Report on horse surra - Volume I
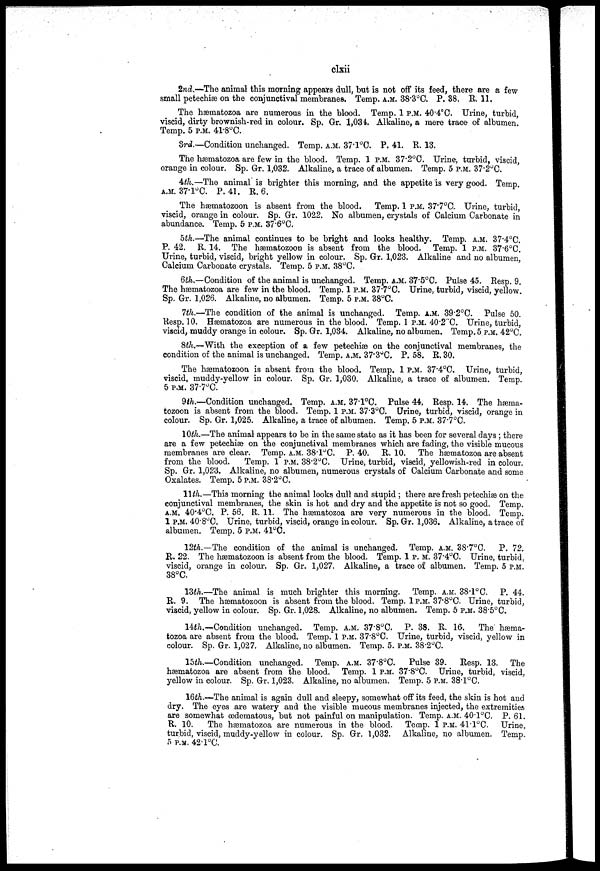
clxii
2nd.—The animal this morning appears dull, but is not off its feed, there are a few
small petechias on the conjunctival membranes. Temp. A.M. 38.3°C. P. 38. R. 11,
The hæmatozoa are numerous in the blood. Temp. 1 P.M. 40.4°C. Urine, turbid,
viscid, dirty brownish-red in colour. Sp. Gr. 1,034. Alkaline, a mere trace of albumen.
Temp. 5 P.M. 41.8°C.
3rd.—Condition unchanged. Temp. A.M. 37.l°C. P. 41. E. 13.
The hæmatozoa are few in the blood. Temp. 1 P.M. 37.2°C. Urine, turbid, viscid,
orange in colour. Sp. Gr. 1,032. Alkaline, a trace of albumen. Temp. 5 P.M. 37.2°C.
4th,—The animal is brighter this morning, and the appetite is very good. Temp.
A.M. 37.1°C. P. 41. E. 6.
The hæmatozoon is absent from the blood.
Temp. 1 P.M. 37.7°C. Urine, turbid,
viscid, orange in colour. Sp. Gr. 1022. No albumen, crystals of Calcium Carbonate in
abundance. Temp. 5 P.M. 37.6°C.
5th.—The animal continues to be bright and looks healthy. Temp. A.M. 37.4°C.
P. 42. E. 14. The hæmatozoon is absent from the blood. Temp. 1 P.M. 37.6°C.
Urine, turbid, viscid, bright yellow in colour. Sp. Gr. 1,023. Alkaline and no albumen,
Calcium Carbonate crystals. Temp. 5 P.M. 38°C.
6th.—Condition of the animal is unchanged. Temp. A.M. 37.5°C. Pulse 45. Resp. 9.
The hæmatozoa are few in the blood. Temp. 1 P.M. 37.7°C. Urine, turbid, viscid, yellow.
Sp. Gr. 1,026. Alkaline, no albumen. Temp. 5 P.M. 38°C.
7th.—The condition of the animal is unchanged. Temp. A.M. 39.2°C. Pulse 50.
Resp. 10. Hæmatozoa are numerous in the blood. Temp. 1 P.M. 40.2ºC. Urine, turbid,
viscid, muddy orange in colour. Sp. Gr. 1,034. Alkaline, no albumen. Temp.5 P.M. 42°C.
8th.—With the exception of a few petechias on the conjunctival membranes, the
condition of the animal is unchanged. Temp. A.M. 37.3°C. P. 58. E. 30.
The hæmatozoon is absent from the blood. Temp. 1 P.M. 37.4°C. Urine, turbid,
viscid, muddy-yellow in colour. Sp. Gr. 1,030. Alkaline, a trace of albumen. Temp.
5 P.M. 37.7°C.
9th.—Condition unchanged. Temp. A.M. 37.1°C. Pulse 44, Resp. 14. The hæma-
tozoon is absent from the blood. Temp. 1 P.M. 37.3°C. Urine, turbid, viscid, orange in
colour. Sp. Gr. 1,025. Alkaline, a trace of albumen. Temp, 5 P.M. 37.7°C.
10th.—The animal appears to be in the same state as it has been for several days ; there
are a few petechiæ on the conjunctival membranes which are fading, the visible mucous
membranes are clear. Temp. A.M. 38.l°C. P. 40. E. 10. The hæmatozoa are absent
from the blood.
Temp. 1 P.M. 38.2ºC. Urine, turbid, viscid, yellowish-red in colour.
Sp. Gr. 1,023. Alkaline, no albumen, numerous crystals of Calcium Carbonate and some
Oxalates. Temp. 5 P.M. 38.2°C.
11 th.—This morning the animal looks dull and stupid ; there are fresh peteehiæ on the
conjunctival membranes, the skin is hot and dry and the appetite is not so good. Temp
A.M. 40.4°C. P. 56. E. 11. The hæmatozoa are very numerous in the blood. Temp
1 P.M. 40.8°C. Urine, turbid, viscid, orange in colour. Sp. Gr. 1,036. Alkaline, a trace of
albumen. Temp. 5 P.M. 41°C.
12th.—The condition of the animal is unchanged. Temp. A.M. 38.7°C.
P. 72.
E. 22. The hæmatozoon is absent from the blood. Temp. 1 p. m. 37.4°C. Urine, turbid,
viscid, orange in colour. Sp. Gr. 1,027. Alkaline, a trace of albumen. Temp. 5 P.M.
38°C.
13th.—-The animal is much brighter this morning. Temp. A.M. 38.1°C. P. 44.
E. 9. The hæmatozoon is absent from the blood. Temp. 1 P.M. 37.8°C. Urine, turbid,
viscid, yellow in colour. Sp. Gr. 1,028. Alkaline, no albumen. Temp. 5 P.M. 38.5°C.
14th.—Condition unchanged. Temp. A.M. 37.8°C. P. 38. E. 16,
The hæma-
tozoa are absent from the blood. Temp. 1 P.M. 37.8°C. Urine, turbid, viscid, yellow in
colour. Sp. Gr. 1,027. Alkaline, no albumen. Temp. 5. P.M. 38.2°C.
15th.-Condition unchanged. Temp. A.M. 37.8°C.
Pulse 39. Resp. 13. The
hæmatozoa are absent from the blood. Temp. 1 P.M. 37.8°C. Urine, turbid, viscid,
yellow in colour. Sp. Gr. 1,023. Alkaline, no albumen. Temp. 5 P.M. 38.l°C.
16th.—The animal is again dull and sleepy, somewhat off its feed, the skin is hot and
dry. The eyes are watery and the visible mucous membranes injected, the extremities
are somewhat (edematous, but not painful on manipulation. Temp. A.M. 40.l°C. P. 61.
E. 10.
The hæmatozoa are numerous in the blood. Temp. 1 P.M. 41.1°C. Urine,
turbid, viscid, muddy-yellow in colour. Sp. Gr. 1,032. Alkaline, no albumen. Temp.
5 P.M. 42.l°C.